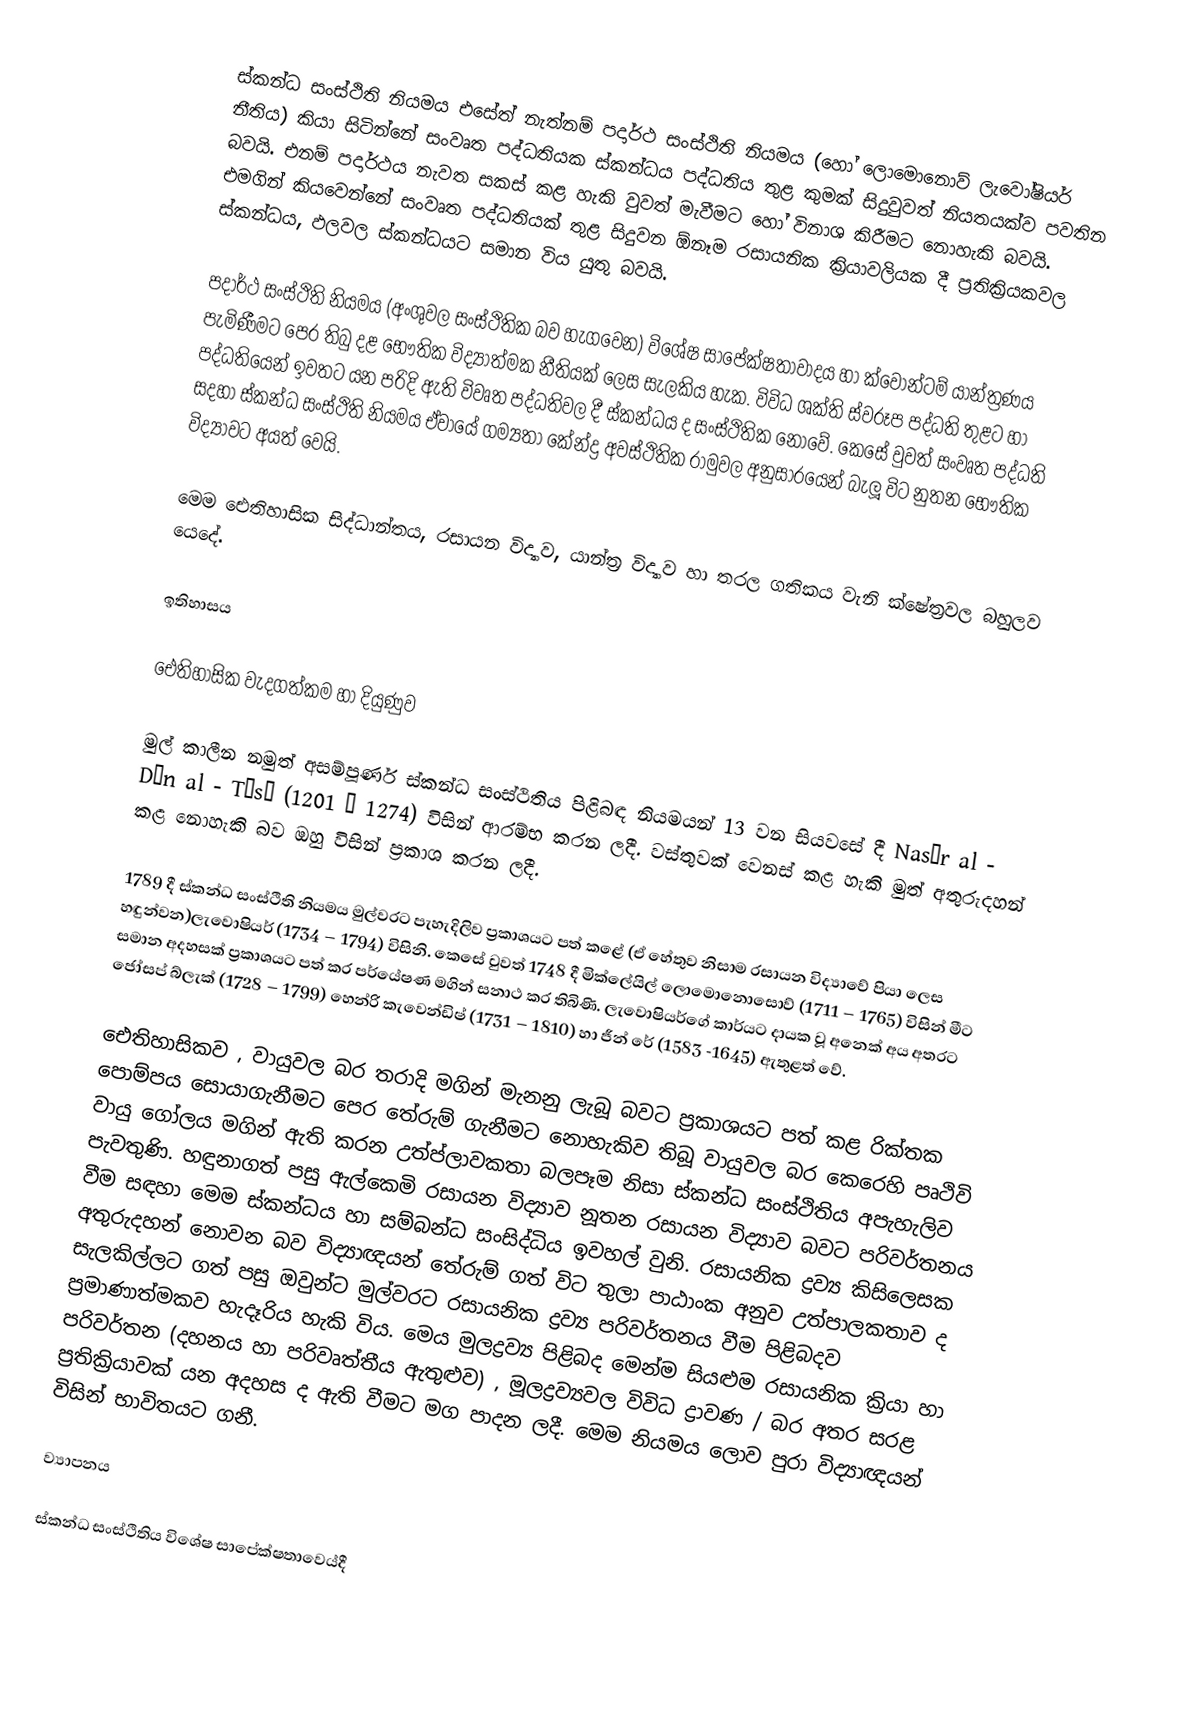
ස්කන්ධ සංස්ථිති නියමය එසේත් නැත්නම් පදාර්ථ සංස්ථිති නියමය (හෝ ‍ලොමොනොව් ලැවෝෂියර් නීතිය) කියා සිටින්නේ සංවෘත පද්ධතියක ස්කන්ධය පද්ධතිය තුළ කුමක් සිදුවුවත් නියතයක්ව පවතින බවයි. එනම් පදාර්ථය නැවත සකස් කළ හැකි වුවත් මැවීමට හෝ විනාශ කිරීමට නොහැකි බවයි. එමගින් කියවෙන්නේ සංවෘත පද්ධතියක් තුළ සිදුවන ඕනෑම රසායනික ක්‍රියාවලියක දී ප්‍රතික්‍රියකවල ස්කන්ධය, ඵලවල ස්කන්ධයට සමාන විය යුතු බවයි.

පදාර්ථ සංස්ථිති නියමය (අංශුවල සංස්ථිතික බව හැගවෙන) විශේෂ සාපේක්ෂතාවාදය හා ක්වොන්ටම් යාන්ත්‍රණය පැමිණීමට පෙර තිබු දළ භෞතික විද්‍යාත්මක නීතියක් ලෙස සැලකිය හැක. විවිධ ශක්ති ස්වරූප පද්ධති තුළට හා පද්ධතියෙන් ඉවතට යන පරිදි ඇති විවෘත පද්ධතිවල දී ස්කන්ධය ද සංස්ථිතික නොවේ. කෙසේ වුවත් සංවෘත පද්ධති සදහා ස්කන්ධ සංස්ථිති නියමය ඒවායේ ගම්‍යතා කේන්ද්‍ර අවස්ථිතික රාමුවල අනුසාරයෙන් බැලූ විට නුතන භෞතික විද්‍යාවට අයත් වෙයි.

මෙම ඓතිහාසික සිද්ධාන්තය, රසායන විද්‍යාව, යාන්ත්‍ර විද්‍යාව හා තරල ගතිකය වැනි ක්ෂේත්‍රවල බහුලව යෙදේ.

ඉතිහාසය

ඓතිහාසික වැදගත්කම හා දියුණුව

මුල් කාලීන නමුත් අසම්පූර්ණ ස්කන්ධ සංස්ථිතිය පිළිබඳ නියමයන් 13 වන සියවසේ දී Nasīr al - Dīn al - Tūsī (1201 – 1274) විසින් ආරම්භ කරන ලදී. වස්තුවක් වෙනස් කළ හැකි මුත් අතුරුදහන් කළ නොහැකි බව ඔහු විසින් ප්‍රකාශ කරන ලදී.

1789 දී ස්කන්ධ සංස්ථිති නියමය මුල්වරට පැහැදිලිව ප්‍රකාශයට පත් කළේ (ඒ හේතුව නිසාම රසායන විද්‍යාවේ පියා ලෙස හඳුන්වන)ලැවොෂියර් (1734 – 1794) විසිනි. කෙසේ වුවත් 1748 දී මික්ලේයිල් ලොමොනොසොව් (1711 – 1765) විසින් මීට සමාන අදහසක් ප්‍රකාශයට පත් කර පර්යේෂණ මගින් සනාථ කර තිබිණි. ලැවොෂියර්ගේ කාර්යට දායක වූ අනෙක් අය අතරට ජෝසප් බ්ලැක් (1728 – 1799) හෙන්රි කැවෙන්ඩිෂ් (1731 – 1810) හා ජීන් රේ (1583 -1645) ඇතුළත් වේ.

ඓතිහාසිකව , වායුවල බර තරාදි මගින් මැනනු ලැබූ බවට ප්‍රකාශයට පත් කළ රික්තක පොම්පය සොයාගැනීමට පෙර තේරුම් ගැනීමට නොහැකිව තිබූ වායුවල බර කෙරෙහි පෘථිවි වායු‍ ගෝලය මගින් ඇති කරන උත්ප්ලාවකතා බලපෑම නිසා ස්කන්ධ සංස්ථිතිය අපැහැලිව පැවතුණි. හඳුනාගත් පසු ඇල්කෙමි රසායන විද්‍යාව නූතන රසායන විද්‍යාව බවට පරිවර්තනය වීම සඳහා මෙම ස්කන්ධය හා සම්බන්ධ සංසිද්ධිය ඉවහල් වුනි. රසායනික ද්‍රව්‍ය කිසිලෙසක අතුරුදහන් නොවන බව විද්‍යාඥයන් තේරුම් ගත් විට තුලා පාඨාංක අනුව උත්පාලකතාව ද සැලකිල්ලට ගත් පසු ඔවුන්ට මුල්වරට රසායනික ද්‍රව්‍ය පරිවර්තනය වීම පිළිබදව ප්‍රමාණාත්මකව හැදෑරිය හැකි විය. මෙය මුලද්‍රව්‍ය පිළිබද මෙන්ම සියළුම රසායනික ක්‍රියා හා පරිවර්තන (දහනය හා පරිවෘත්තීය ඇතුළුව) , මූලද්‍රව්‍යවල විවිධ ද්‍රාවණ / බර අතර සරළ ප්‍රතික්‍රියාවක් යන අදහස ද ඇති වීමට මග පාදන ලදී. මෙම නියමය ලොව පුරා විද්‍යාඥයන් විසින් භාවිතයට ගනී.

ව්‍යාපනය

ස්කන්ධ සංස්ථිතිය විශේෂ සාපේක්ෂතාව‍ෙ‍ය්දී